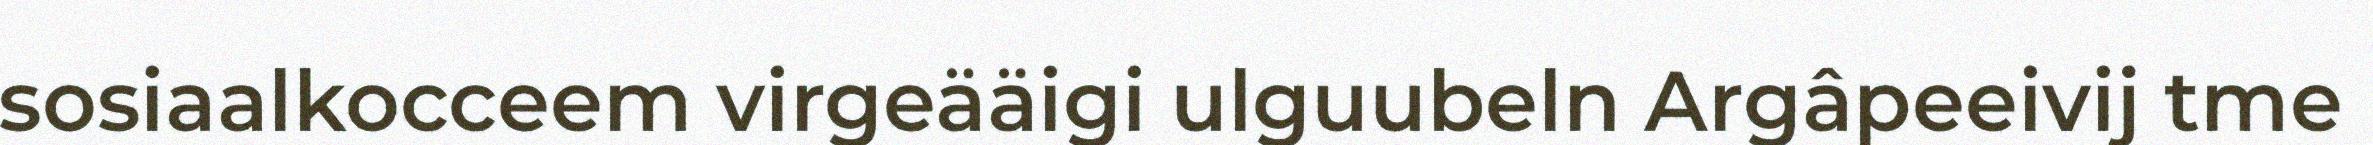
sosiaalkocceem virgeääigi ulguubeln Argâpeeivij tme